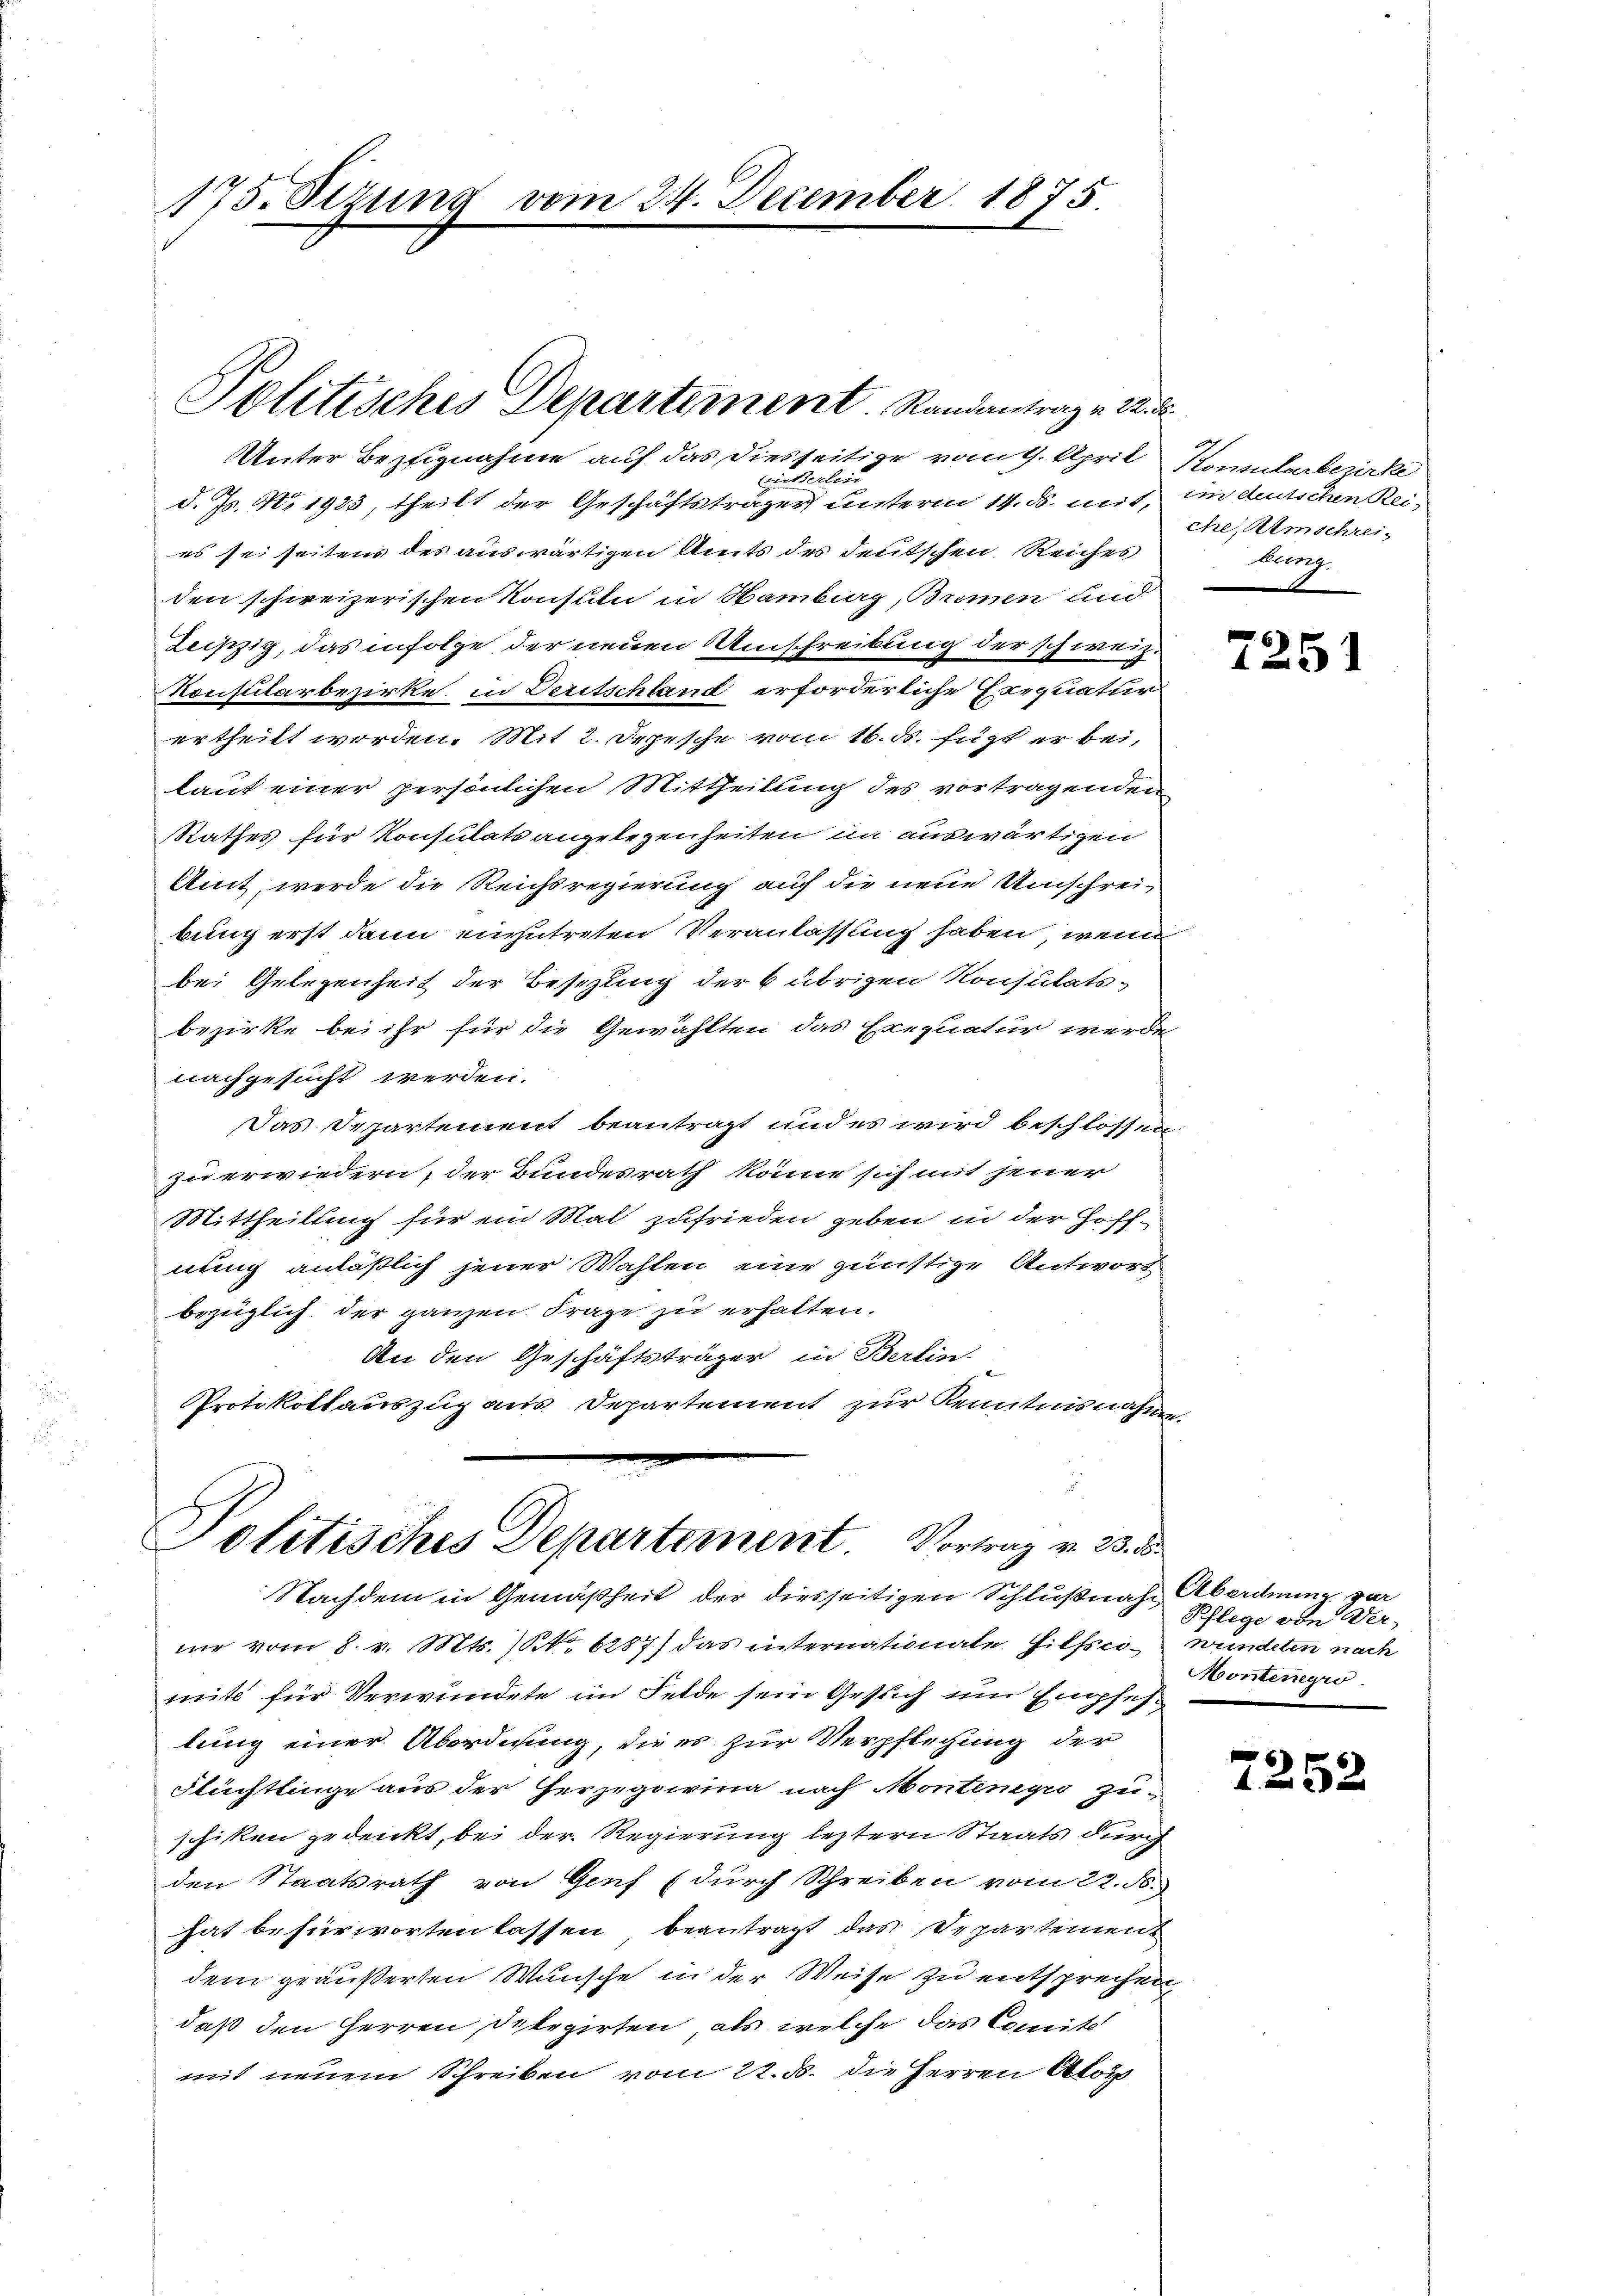
Unter Bezugnahme auf das diesseitige vom 9. April Komularbezirke
Außerlin
d. Js. No 1923, theilt der Geschäftsträger unterm 14. ds. mit, im deutschen Reies sei seitens des auswärtigen Amts des deutschen Reiches
den schweizerischen Konsuln in Hamburg, Bremen und
Leipzig, das infolge der neuen Umschreibung der schweiz.
Konsularbezirke in Deritschland erforderliche Exequatur
ertheilt worden. Mit 2. Depesche vom 16. ds. fügt er bei,
laut einer persönlichen Mittheilung des vortragenden
Rathes für Konsulats angelegenheiten im auswärtigen
Amt werde die Reichsregierung auf die neue Umschrei-
bung erst dann einzutreten Veranlassung haben, wenn
bei Gelegenheit der Besizung der 6 übrigen Konsulatsbezirke bei ihr für die Gewählten das Exequatur werde
nachgesucht werden.
Das Departement beantragt und es wird beschlossen
zu erwiedern, der Bundesrath könne sich mit jener
Mittheilung für ein Mal zufrieden geben in der Hoffnung anläßlich jener Wahlen eine günstige Antwort
bezüglich der ganzen Frage zu erhalten.
An den Geschäftsträger in Berlin.
Protokollauszug aus Departement zur Kenntnisnahme

175. Stzung vom 24. December 1875.

Politisches Departement. Randantrag v. 22. d

Politisches Departement. Vortrag v. 23. 1
Nachdem in Gemäßheit der diesseitigen Schlußnahe Abordnung vor

ne vom 8. v. Mts. NNo. 6287) das internationale Hilfsci- wundeten nach
mite für Verwundete im Felde sein Gesuch um Empfehlung einer Überdnung, die es zur Verpflegung der
Flüchtlinge aus der Herzegorina nach Montenegro zuschiken gedenkt, bei der Regierung letztern Staats durch
den Staatsrath von Genf (durch Schreiben vom 22. ds.
hat befürworten lassen beantragt das Departement
dem geäußerten Wunsche in der Weise zu entsprechen,
daß den Herren Dilegirten, als welche das Comit
mit neuem Schreiben vom 22. d. die Herren Akor

che, Umschreibung.

7251

Pflege von Der-
Montergro

6
1252